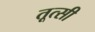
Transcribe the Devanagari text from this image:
तूत्सी